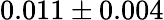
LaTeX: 0.011\pm 0.004